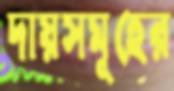
দায়সমূহের